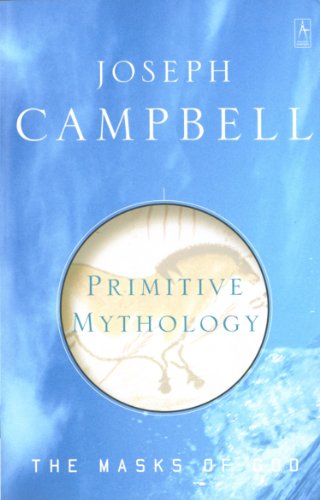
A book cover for Primitive Mythology (The Masks of God); Joseph Campbell; Literature & Fiction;